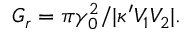
G _ { r } = \pi \gamma _ { 0 } ^ { 2 } / | \kappa ^ { \prime } V _ { 1 } V _ { 2 } | .